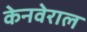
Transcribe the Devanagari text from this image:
केनवेराल